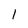
Character: 1